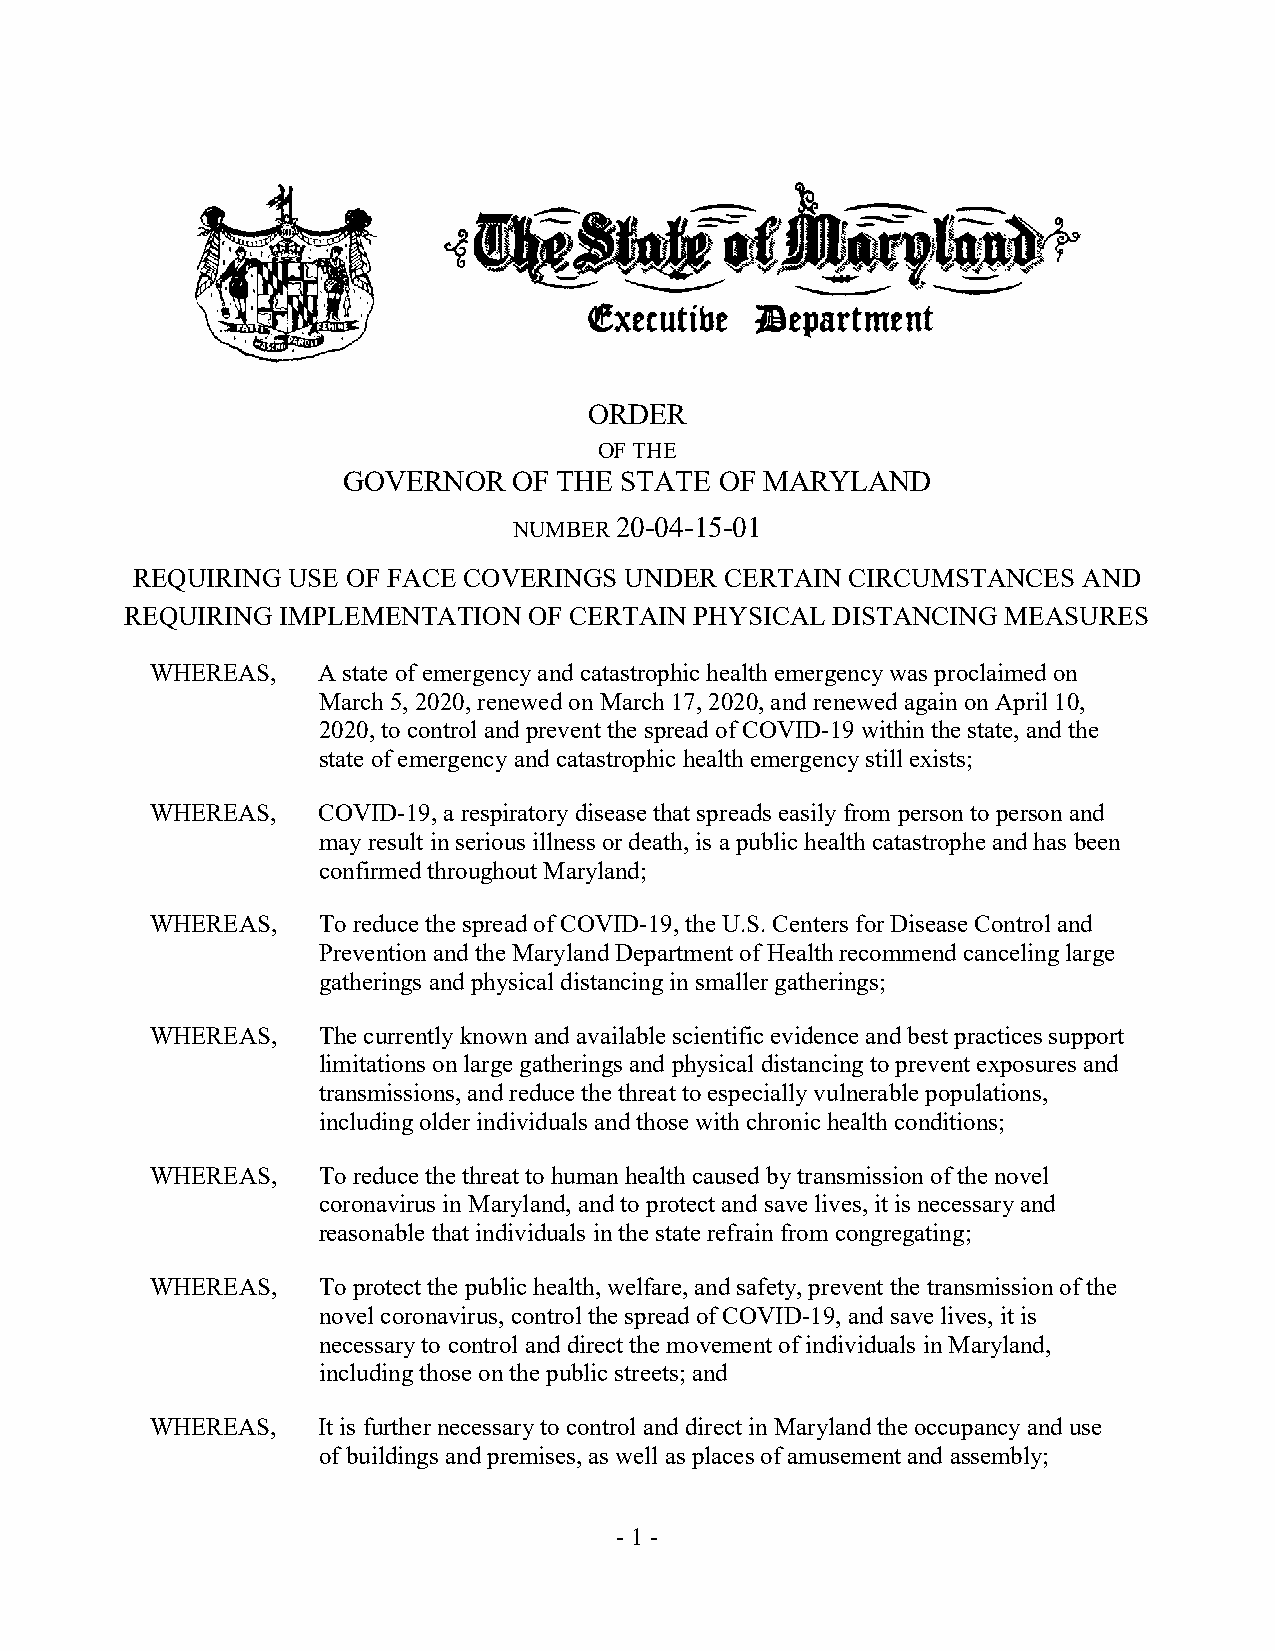
ORDER
 OF THE
 GOVERNOR   OF THE STATE  OF MARYLAND
 NUMBER 20-04-15-01
 REQUIRING USE OF FACE COVERINGS UNDER  CERTAIN CIRCUMSTANCES   AND
 REQUIRING  IMPLEMENTATION  OF CERTAIN PHYSICAL DISTANCING  MEASURES
 WHEREAS,   A state of emergency and catastrophic health emergency was proclaimed on
 March 5, 2020, renewed on March 17, 2020, and renewed again on April 10,
 2020, to control and prevent the spread of COVID-19 within the state, and the
 state of emergency and catastrophic health emergency still exists;
 WHEREAS,   COVID-19, a respiratory disease that spreads easily from person to person and
 may result in serious illness or death, is a public health catastrophe and has been
 confirmed throughout Maryland;
 WHEREAS,   To reduce the spread of COVID-19, the U.S. Centers for Disease Control and
 Prevention and the Maryland Department of Health recommend canceling large
 gatherings and physical distancing in smaller gatherings;
 WHEREAS,   The currently known and available scientific evidence and best practices support
 limitations on large gatherings and physical distancing to prevent exposures and
 transmissions, and reduce the threat to especially vulnerable populations,
 including older individuals and those with chronic health conditions;
 WHEREAS,   To reduce the threat to human health caused by transmission of the novel
 coronavirus in Maryland, and to protect and save lives, it is necessary and
 reasonable that individuals in the state refrain from congregating;
 WHEREAS,   To protect the public health, welfare, and safety, prevent the transmission of the
 novel coronavirus, control the spread of COVID-19, and save lives, it is
 necessary to control and direct the movement of individuals in Maryland,
 including those on the public streets; and
 WHEREAS,   It is further necessary to control and direct in Maryland the occupancy and use
 of buildings and premises, as well as places of amusement and assembly;
 - 1 -